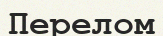
Перелом